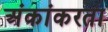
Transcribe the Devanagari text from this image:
अंकांकरता